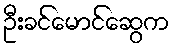
ဦးခင်မောင်ဆွေက